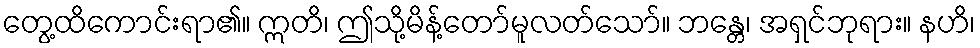
တွေ့ထိကောင်းရာ၏။ ဣတိ၊ ဤသို့မိန့်တော်မူလတ်သော်။ ဘန္တေ၊ အရှင်ဘုရား။ နဟိ၊